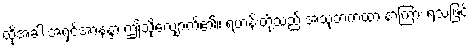
ထိုအခါ အရှင်အာနန္ဒာ ဤသို့လျှောက်၏။ ရဟန်းတို့သည် အသုဘကထာ နာကြား ရသဖြင့်